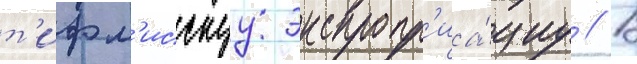
т'ифл'исскуу экспропр'иа́циу // В